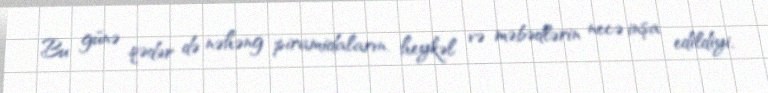
Bu günə qədər də nəhəng piramidaların, heykəl və məbədlərin necə inşa edildiyi,